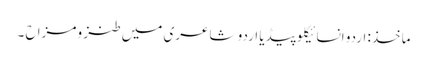
ماخذ: اردو انسائیکلو پیڈیا	اردو شاعری میں طنز و مزاح ۔